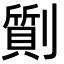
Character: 劕